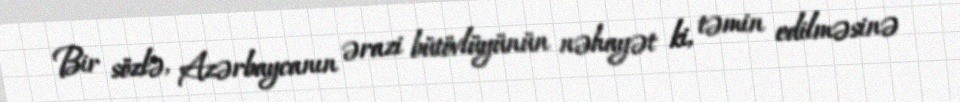
Bir sözlə, Azərbaycanın ərazi bütövlüyünün nəhayət ki, təmin edilməsinə